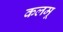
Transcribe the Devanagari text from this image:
कलमू